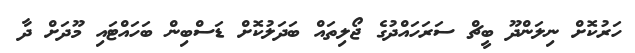
ހަރުކޮށް ނިލަންދޫ ބީޗް ސަރަހައްދުގެ ޖޯލިތައް ބަދަލުކޮށް ޑަސްބިން ބަހައްޓައި މޫދަށް ދާ